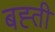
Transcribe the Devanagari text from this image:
बह्ती